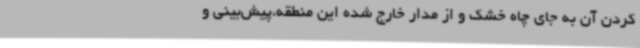
کردن آن به جای چاه خشک و از مدار خارج ‌شده این منطقه،پیش‌بینی‌ و